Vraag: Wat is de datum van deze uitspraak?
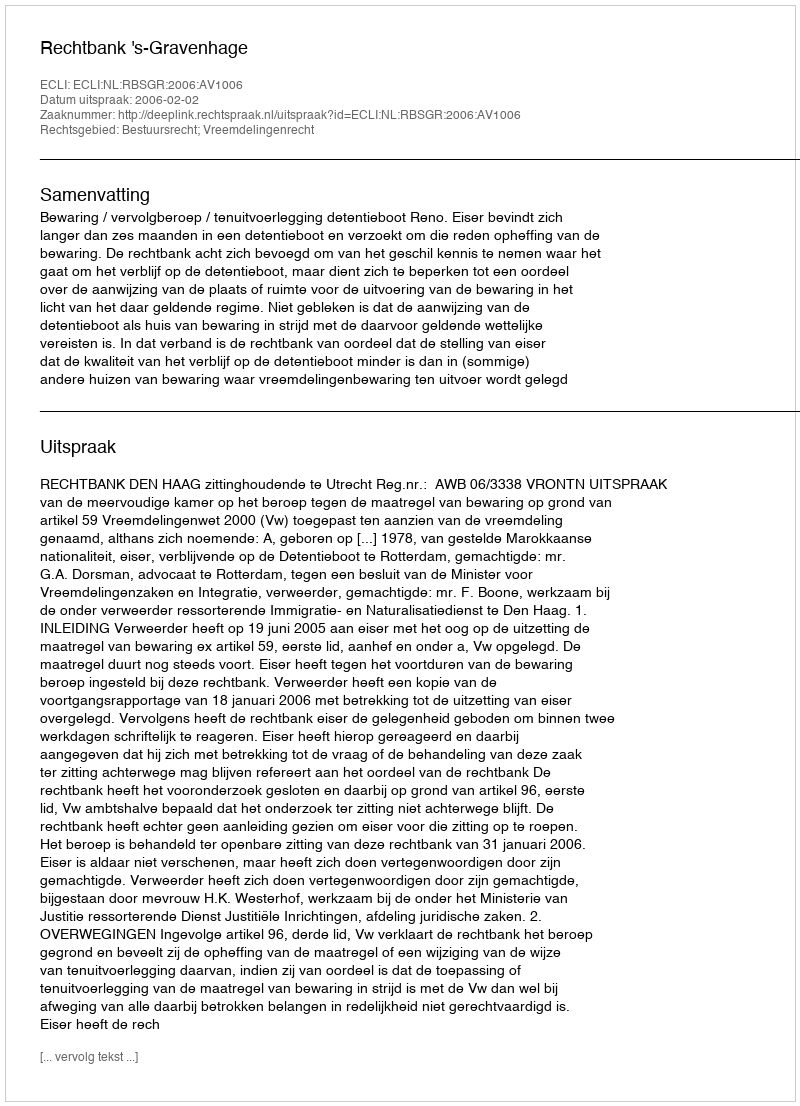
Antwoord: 2006-02-02